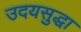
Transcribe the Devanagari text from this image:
उदयसुद्धा